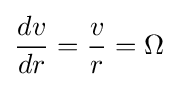
{\begin{aligned}&{\frac {dv}{dr}}={\frac {v}{r}}=\Omega \\\end{aligned}}